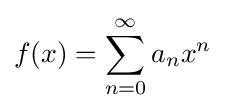
f(x)=\sum _{n=0}^{\infty }{a_{n}}x^{n}